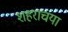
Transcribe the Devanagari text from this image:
शहराचया